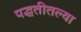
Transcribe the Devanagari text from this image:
पद्धतीतल्या